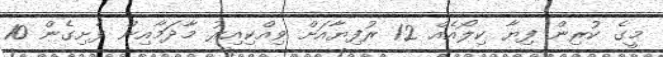
މީގެ ކުރިން ފިޔާ ކިލޯއެއް 12 ރުފިޔާއަށް ވިއްކިއިރު މާދަމާއިން ފެށިގެން 10